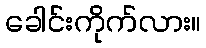
ခေါင်းကိုက်လား။